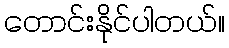
တောင်းနိုင်ပါတယ်။